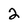
Character: 2